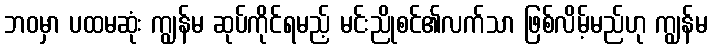
ဘဝမှာ ပထမဆုံး ကျွန်မ ဆုပ်ကိုင်ရမည့် မင်းညိုစင်၏လက်သာ ဖြစ်လိမ့်မည်ဟု ကျွန်မ